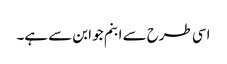
اسی طرح سے ابنم جو ابن سے ہے۔